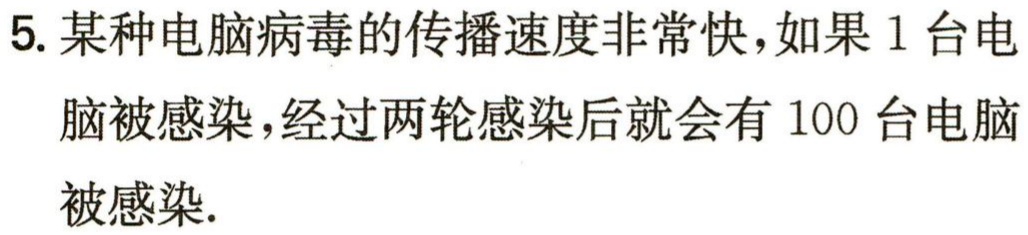
5. 某种电脑病毒的传播速度非常快，如果 1 台电脑被感染，经过两轮感染后就会有 100 台电脑被感染.